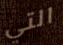
التي